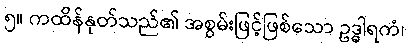
၅။ ကထိန်နုတ်သည်၏ အစွမ်းဖြင့်ဖြစ်သော ဥဒ္ဓါရကံ၊